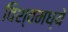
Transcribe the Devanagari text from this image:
विश्वमध्ये